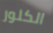
الكلور